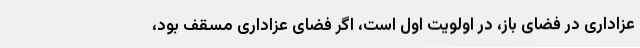
عزاداری در فضای باز، در اولویت اول است، اگر فضای عزاداری مسقف بود،